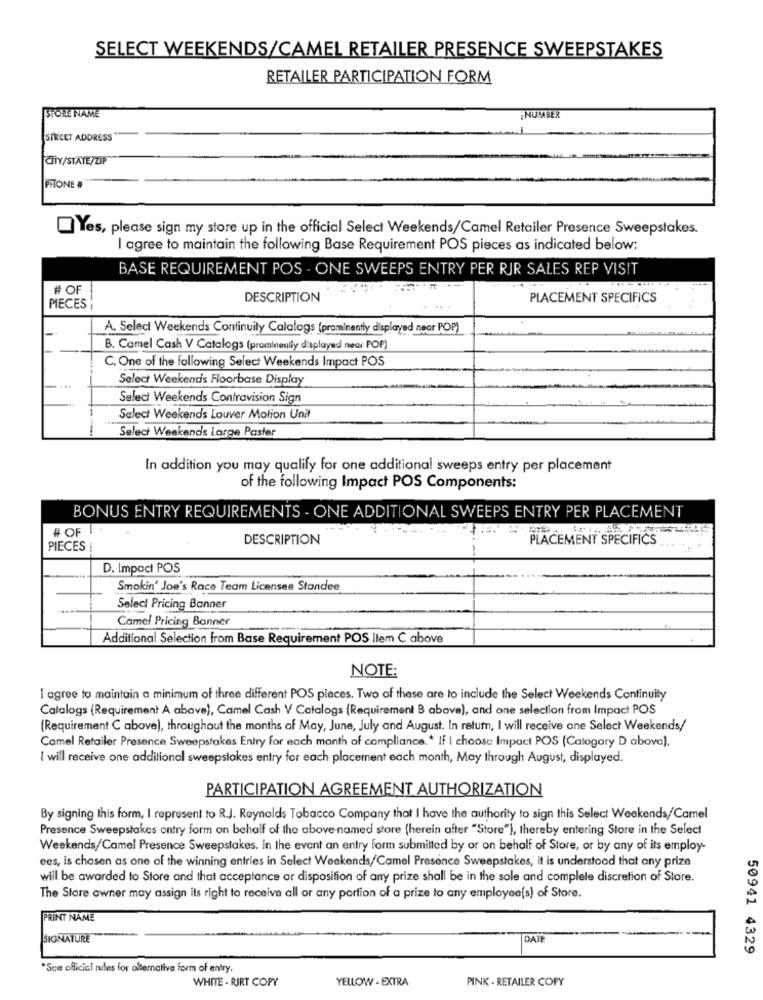
SELECT WEEKENDS/CAMEL RETAILER PRESENCE SWEEPSTAKES
RETAILER PARTICIPATION FORM
STORE NAME
; NUMBER
STREET ADDRESS
CITY/STATE/ZIP
PHONE #
Yes, please sign my store up in the official Select Weekends/Camel Retailer Presence Sweepstakes.
I agree to maintain the following Base Requirement POS pieces as indicated below:
BASE REQUIREMENT POS - ONE SWEEPS ENTRY PER RJR SALES REP VISIT
# OF
DESCRIPTION
PLACEMENT SPECIFICS
PIECES
A. Select Weekends Continuity Calalogs (prominently displayed near POP)
B. Camel Cash V Catalogs (prominently d'splayed near POP)
C. One of the following Select Weekends Impact POS
Select Weekends Floorbase Display
Select Weekends Contravision Sign
Select Weekends Louver Motion Unit
--
Select Weekends Large Paster
In addition you may qualify for one additional sweeps entry per placement
of the following Impact POS Components:
BONUS ENTRY REQUIREMENTS - ONE ADDITIONAL SWEEPS ENTRY PER PLACEMENT
# OF
DESCRIPTION
PLACEMENT SPECIFICS
PIECES
D. Impact POS
Smokin' Joe's Race Team Licensee Standee
Select Pricing Banner
Camel Pricing Banner
Additional Selection from Base Requirement POS Ilem C above
NOTE:
I agree to maintain a minimum of three different POS places. Two of these are to include the Select Weekends Continuity
Catalogs (Requirement A above), Camel Cash V Catalogs (Requirement B above), and one selection from Impact POS
(Requirement C above), throughout the months of May, June, July and August. In return, I will receive one Select Weekends/
Camel Retailer Presence Sweepstakes Entry for each month of compliance .* If I choose Impact POS (Catogary D above),
I will receive one additional sweepstakes entry for each placement each month, May through August, displayed.
PARTICIPATION AGREEMENT AUTHORIZATION
By signing this form, I represent to R.J. Reynolds Tobacco Company that I have the authority to sign this Select Weekends/Camel
Presence Sweepstakes ontry form on behalf of the above named store (herein after "Store"), thereby entering Store in the Select
Weekends/Camel Presence Sweepstakes. In the event an entry form submitted by or on behalf of Store, or by any of its employ-
ees, is chosen as one of the winning entries in Select Weekends/Camel Presence Sweepstakes, it is understood that any prize
will be awarded to Store and that acceptance or disposition of any prize shall be in the sole and complele discretion of Store.
The Store owner may assign its right to receive all or any portion of a prize to any employee(s) of Store.
PRINT NAME
SIGNATURE
DATE
50941 4329
*Sce officicl rules for alternative form of entry.
WHITE - RIRT COPY
YELLOW - EXTRA
PINK - RETAILER COPY